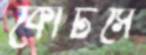
কোর্টসে